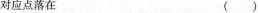
对应点落在 ( )